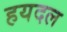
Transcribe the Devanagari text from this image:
हयदल